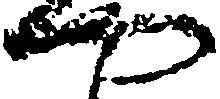
や